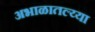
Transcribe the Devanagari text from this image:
अभाळातल्य्या